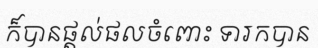
ក៏បានផ្តល់ផលចំពោះ ទារកបាន